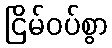
ငြိမ်ဝပ်စွာ